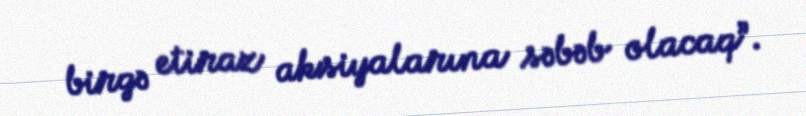
birgə etiraz aksiyalarına səbəb olacaq”.